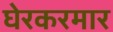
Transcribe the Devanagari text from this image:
घेरकरमार